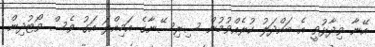
އޭނާ ވިދާޅުވީ އެ ބައްދަލު ކުރެއްވުމުން ސިރިސޭނާގެ އަމިއްލަ އަގު ވެސް ވޯޓުދިން